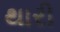
થારી